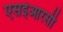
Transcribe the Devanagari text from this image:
एसईआरसी